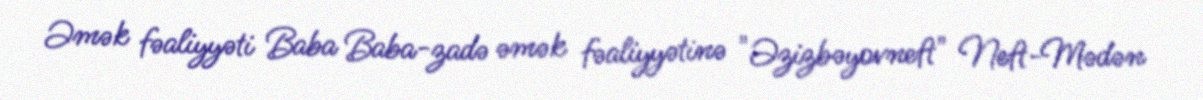
Əmək fəaliyyəti Baba Baba-zadə əmək fəaliyyətinə "Əzizbəyovneft" Neft-Mədən